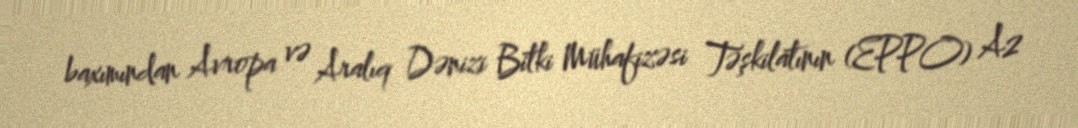
baxımından Avropa və Aralıq Dənizi Bitki Mühafizəsi Təşkilatının (EPPO) A2